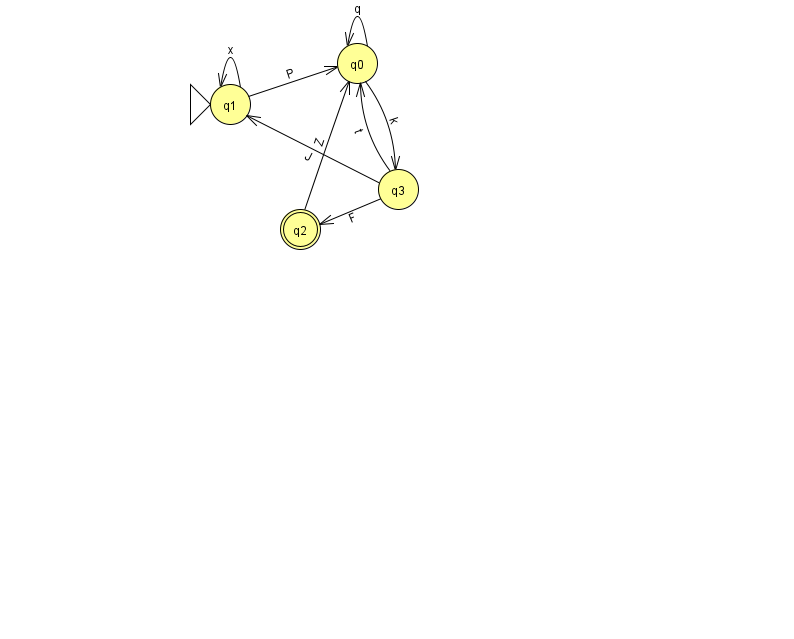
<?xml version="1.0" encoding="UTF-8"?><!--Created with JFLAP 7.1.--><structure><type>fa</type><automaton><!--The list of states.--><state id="0" name="q0"><x>357.0</x><y>50.0</y></state><state id="1" name="q1"><x>230.0</x><y>91.0</y><initial/></state><state id="2" name="q2"><x>300.0</x><y>216.0</y><final/></state><state id="3" name="q3"><x>398.0</x><y>176.0</y></state><!--The list of transitions.--><transition><from>0</from><to>0</to><read>q</read></transition><transition><from>1</from><to>0</to><read>P</read></transition><transition><from>2</from><to>0</to><read>Z</read></transition><transition><from>3</from><to>0</to><read>t</read></transition><transition><from>1</from><to>1</to><read>x</read></transition><transition><from>3</from><to>2</to><read>F</read></transition><transition><from>0</from><to>3</to><read>k</read></transition><transition><from>3</from><to>1</to><read>J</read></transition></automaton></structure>